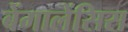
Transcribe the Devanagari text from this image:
बेंगालेंसिस